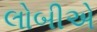
લોબીએ